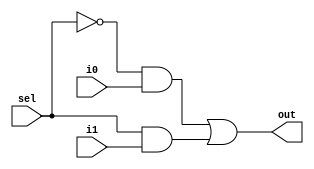
module mux_2x1_data(i0,i1,sel,out);
input i0,i1,sel;
output out;
assign out= (~sel & i0) | (sel & i1);
endmodule